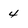
Character: 4